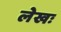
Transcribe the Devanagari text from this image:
लेखः